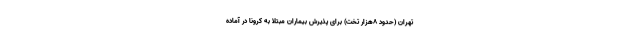
تهران (حدود 8هزار تخت) برای پذیرش بیماران مبتلا به کرونا در آماده